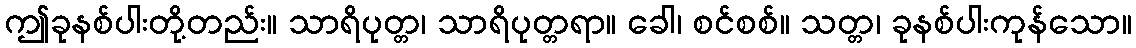
ဤခုနစ်ပါးတို့တည်း။ သာရိပုတ္တ၊ သာရိပုတ္တရာ။ ခေါ၊ စင်စစ်။ သတ္တ၊ ခုနစ်ပါးကုန်သော။